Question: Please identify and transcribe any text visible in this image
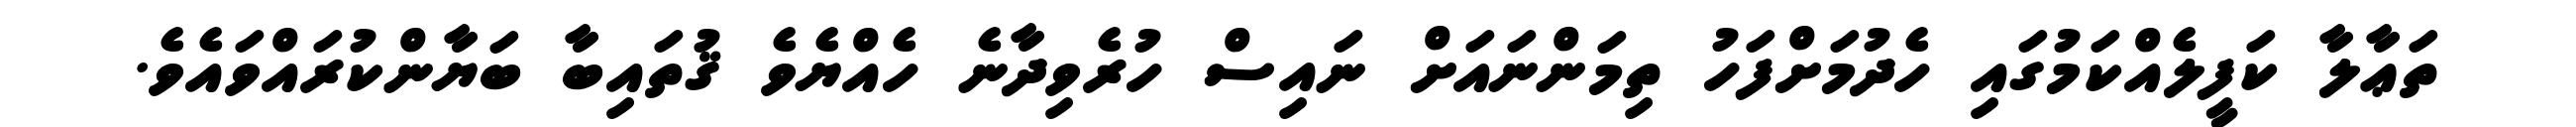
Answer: ތަޢާލާ ކަފީލެއްކަމުގައި ހެދުމަށްފަހު ތިމަންނައަށް ނައިސް ހުރެވިދާނެ ހެއްޔެވެ ޤުތައިބާ ބަޔާންކުރައްވައެވެ.